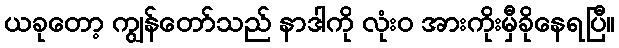
ယခုတော့ ကျွန်တော်သည် နာဒါကို လုံးဝ အားကိုးမှီခိုနေရပြီ။